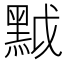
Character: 𪐶